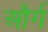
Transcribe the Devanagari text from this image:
और्ग